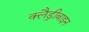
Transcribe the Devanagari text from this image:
क्लैड्रीबाइन